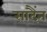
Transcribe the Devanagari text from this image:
सादैंन